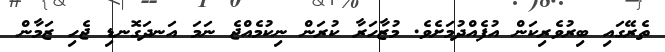
ތެރޭގައި ބިރުވެރިކަން އުފެއްދުމަށެވެ. މުޒާހަރާ ކުރަން ނިކުމެއްޖެ ނަމަ އަނދަގޮނޑި ޖެހި ޒަމާން